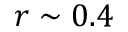
r \sim 0 . 4